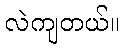
လဲကျတယ်။